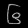
Digit: ၆